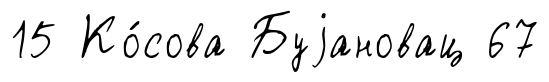
15 Ко́сова Буjановац 67